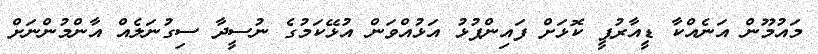
މައުމޫން އަނެއްކާ ޑީއާރުޕީ ކޮޅަށް ފައިންޕުޅު އަޅުއްވަން އުޅޭކަމުގެ ނުސީދާ ސިގުނަލެއް އާންމުންނަށް